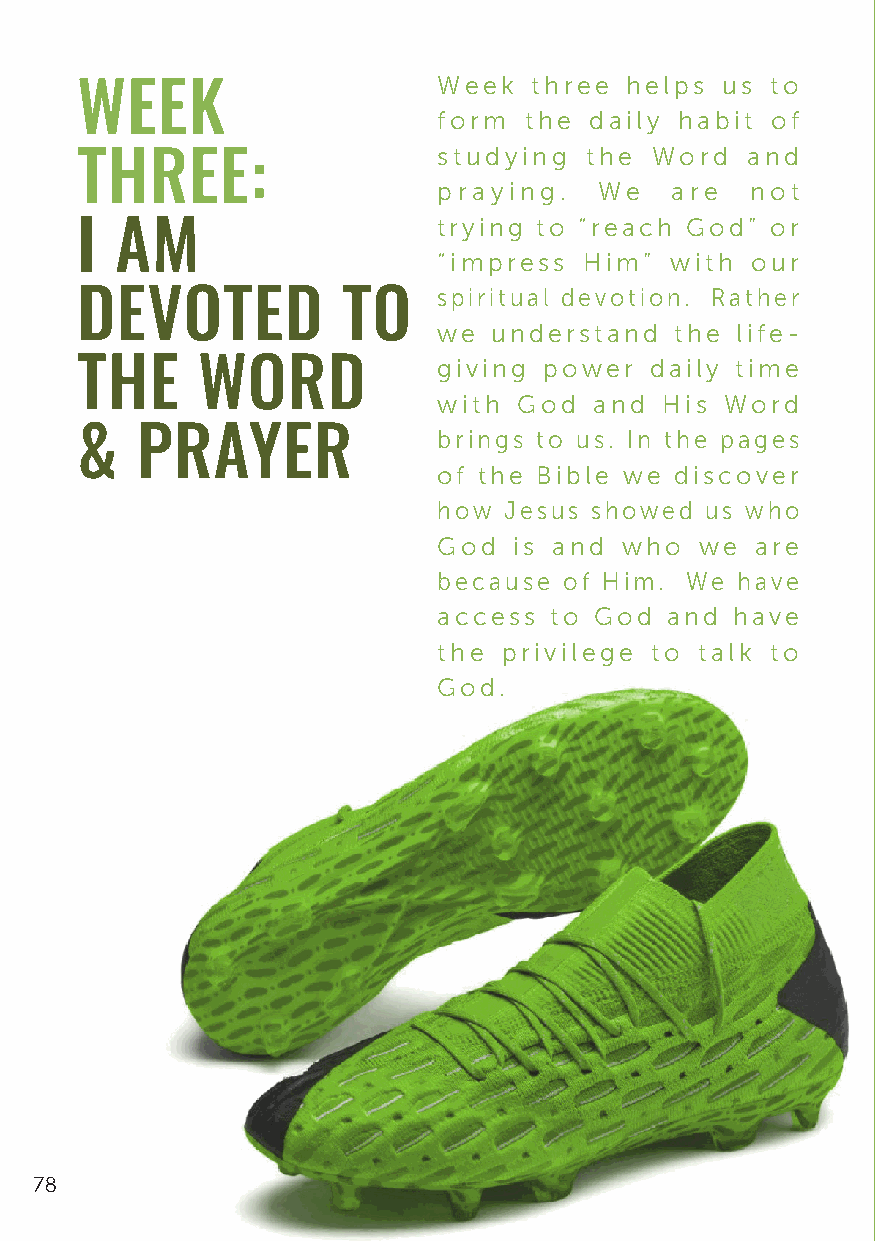
Week  three helps  us to
 WEEK
 form  the daily habit of
 studying  the Word  and
 THREE:
 praying.   We  are   not
 trying to “reach God” or
 I  AM
 “impress  Him” with  our
 DEVOTED           TO    spiritual devotion. Rather
 we  understand  the life-
 THE     WORD            giving power  daily time
 with God  and  His Word
 &   PRAYER              brings to us. In the pages
 of the Bible we discover
 how Jesus showed  us who
 God  is and who  we  are
 because of Him. We  have
 access to God  and have
 the privilege to talk to
 God.
 78